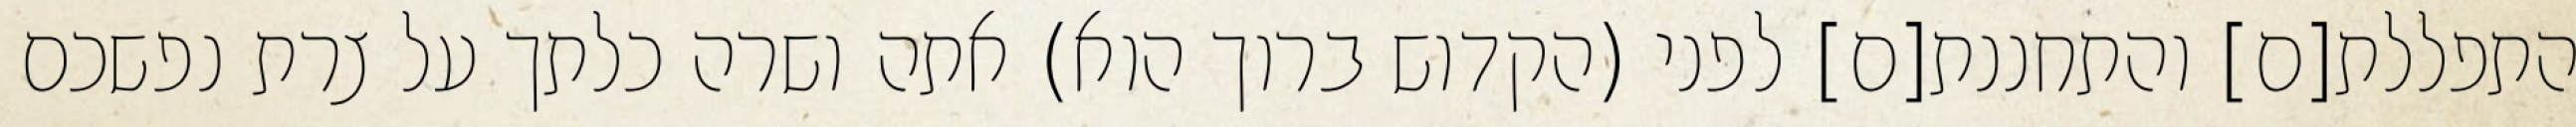
התפללת[ם] והתחננת[ם] לפני (הקדוש ברוך הוא) אתה ושרה כלתך על צרת נפשכם